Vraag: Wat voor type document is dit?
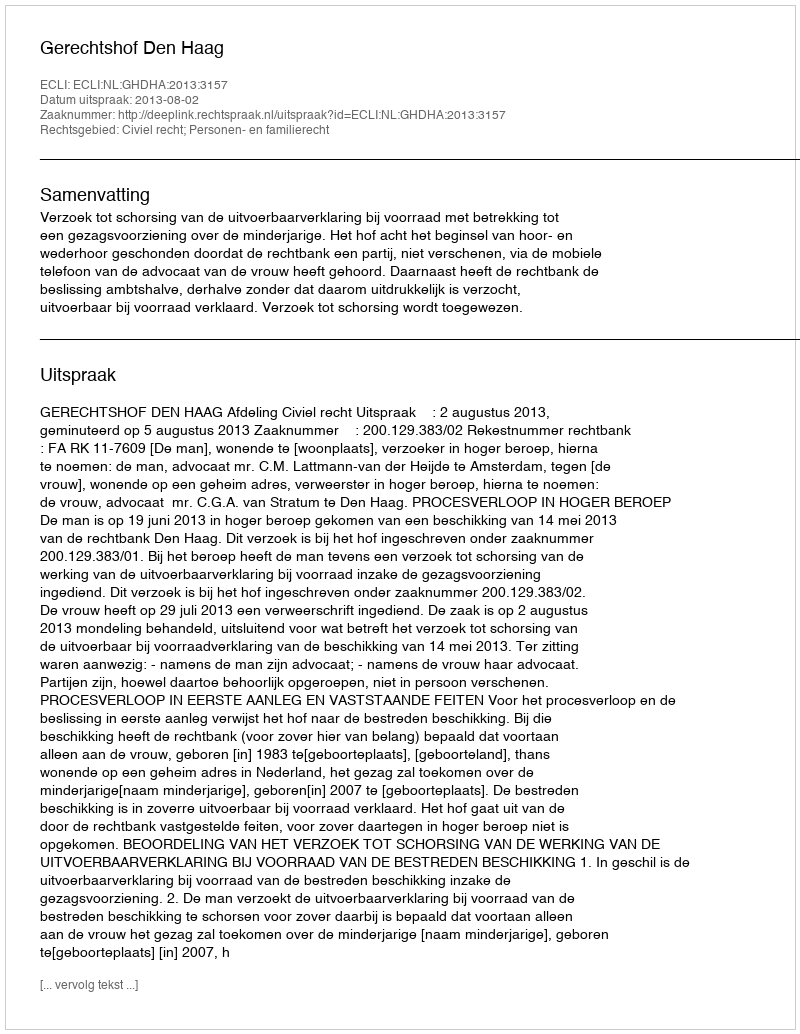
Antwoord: Uitspraak